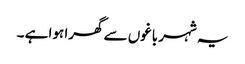
یہ شہر باغوں سے گھرا ہوا ہے ۔